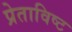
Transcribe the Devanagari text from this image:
प्रेताविष्ट